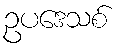
ဥပဒေသစ်